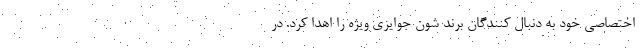
اختصاصی خود به دنبال کنندگان برند شون جوایزی ویژه را اهدا کرد. در